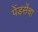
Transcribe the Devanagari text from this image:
पेंडसेंचा